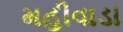
મહીવાડા